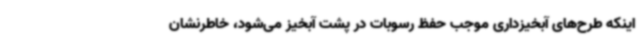
اینکه طرح‌های آبخیزداری موجب حفظ رسوبات در پشت آبخیز می‌شود، خاطرنشان